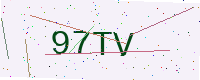
Text: 97TV